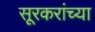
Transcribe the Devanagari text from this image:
सूरकरांच्या